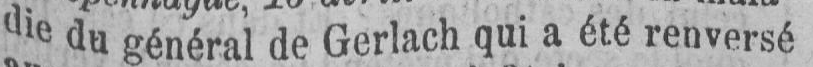
die du général de Gerlach qui a été renversé